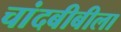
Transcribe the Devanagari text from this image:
चांदबीबीला